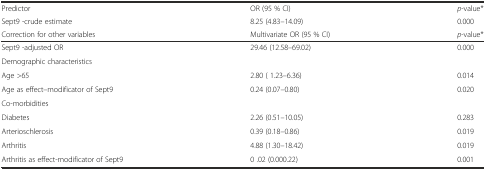
<table><thead><tr><td><b>Predictor</b></td><td><b>OR (95 % CI)</b></td><td><b><i>p</i>-value*</b></td></tr><tr><td><b>Sept9 -crude estimate</b></td><td><b>8.25 (4.83–14.09)</b></td><td><b>0.000</b></td></tr><tr><td><b>Correction for other variables</b></td><td><b>Multivariate OR (95 % CI)</b></td><td><b><i>p</i>-value*</b></td></tr></thead><tbody><tr><td>Sept9 -adjusted OR</td><td>29.46 (12.58–69.02)</td><td>0.000</td></tr><tr><td>Demographic characteristics</td><td></td><td></td></tr><tr><td>Age &gt;65</td><td>2.80 ( 1.23–6.36)</td><td>0.014</td></tr><tr><td>Age as effect–modificator of Sept9</td><td>0.24 (0.07–0.80)</td><td>0.020</td></tr><tr><td>Co-morbidities</td><td></td><td></td></tr><tr><td>Diabetes</td><td>2.26 (0.51–10.05)</td><td>0.283</td></tr><tr><td>Arterioschlerosis</td><td>0.39 (0.18–0.86)</td><td>0.019</td></tr><tr><td>Arthritis</td><td>4.88 (1.30–18.42)</td><td>0.019</td></tr><tr><td>Arthritis as effect-modificator of Sept9</td><td>0 .02 (0.000.22)</td><td>0.001</td></tr></tbody></table>